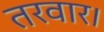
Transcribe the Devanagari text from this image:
तरवार।